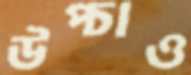
উপ্‌চাও